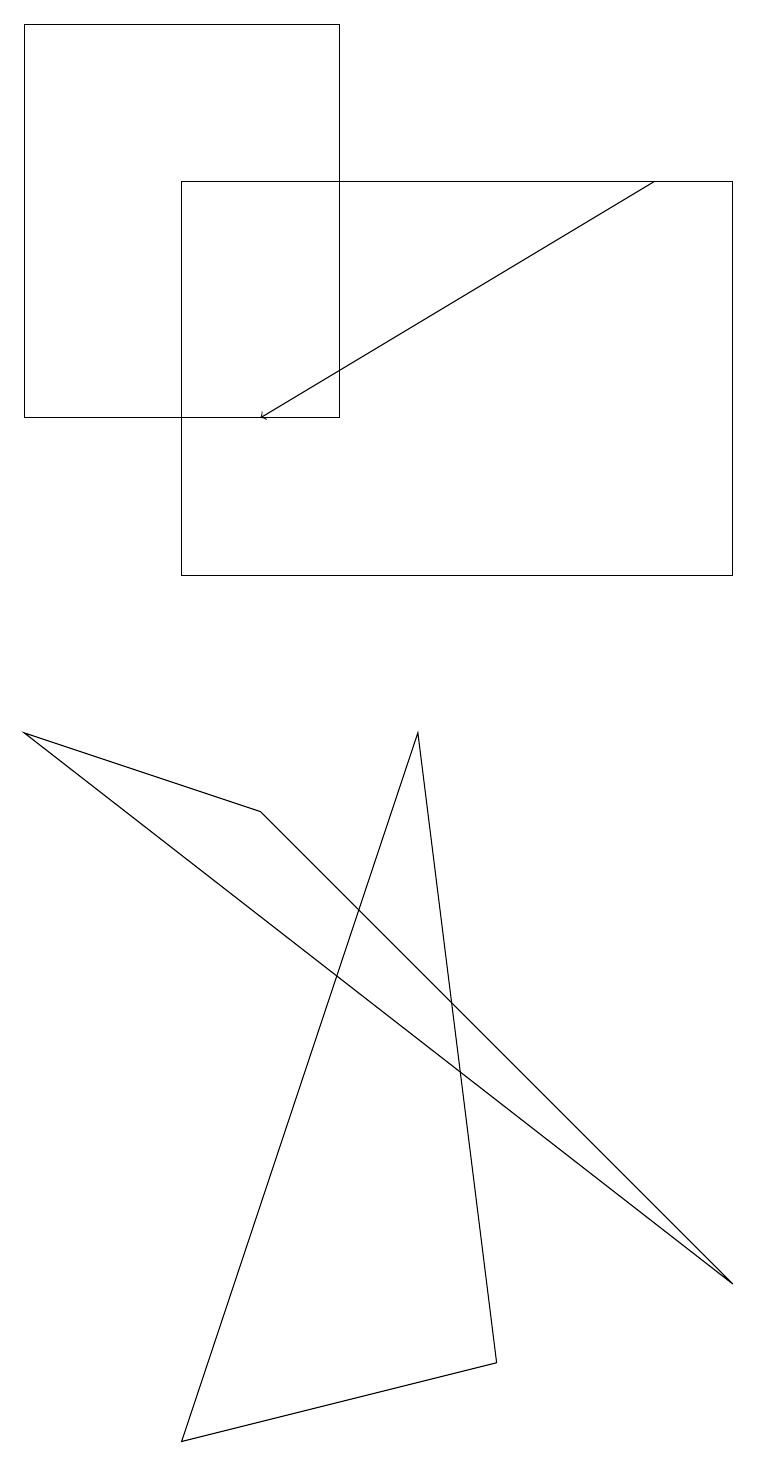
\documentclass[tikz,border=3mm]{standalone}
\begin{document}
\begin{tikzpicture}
\draw (5,9) -- (6,1) -- (2,0) -- cycle;
\draw (4,13) rectangle (0,18);
\draw[->] (8,16) -- (3,13);
\draw (0,9) -- (9,2) -- (3,8) -- cycle;
\draw (2,16) rectangle (9,11);
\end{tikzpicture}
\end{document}